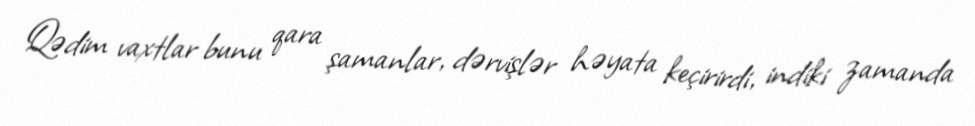
Qədim vaxtlar bunu qara şamanlar, dərvişlər həyata keçirirdi, indiki zamanda